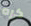
كره